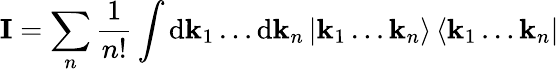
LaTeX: {\mathbf I}=\sum_{n}\frac{1}{n!}\int\mathrm{d}{\mathbf k}_{1}\ldots\mathrm{d}{\mathbf k}_{n}\left|{\mathbf k}_{1}\ldots{\mathbf k}_{n}\right\rangle\left\langle{\mathbf k}_{1}\ldots{\mathbf k}_{n}\right|